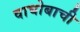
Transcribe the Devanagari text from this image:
वाघोबाची